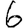
Digit: 6